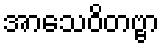
အာသေဝိတဗ္ဗာ